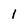
Character: 1